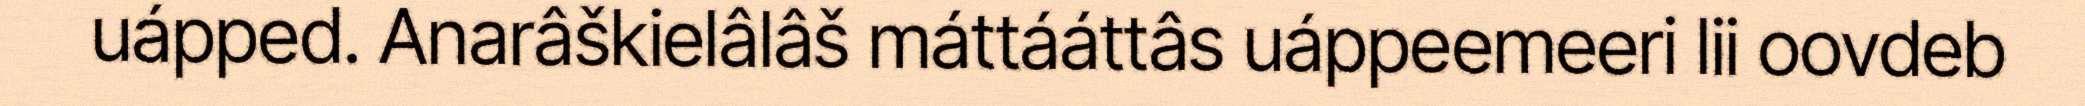
uápped. Anarâškielâlâš máttááttâs uáppeemeeri lii oovdeb